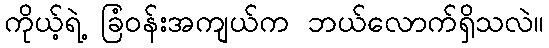
ကိုယ့်ရဲ့ ခြံဝန်းအကျယ်က ဘယ်လောက်ရှိသလဲ။